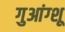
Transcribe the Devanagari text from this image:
गुआंग्शू